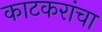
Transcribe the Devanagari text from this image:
काटकरांचा